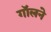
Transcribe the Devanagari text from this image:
गॉलने